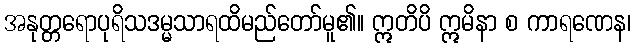
အနုတ္တရောပုရိသဒမ္မသာရထိမည်တော်မူ၏။ ဣတိပိ ဣမိနာ စ ကာရဏေန၊